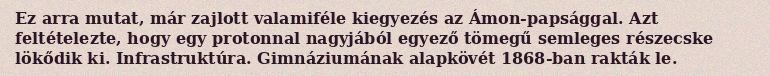
Ez arra mutat, már zajlott valamiféle kiegyezés az Ámon-papsággal. Azt feltételezte, hogy egy protonnal nagyjából egyező tömegű semleges részecske lökődik ki. Infrastruktúra. Gimnáziumának alapkövét 1868-ban rakták le.